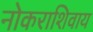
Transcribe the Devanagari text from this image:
नोकराशिवाय